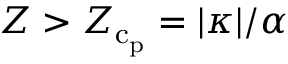
Z > Z _ { \mathrm { c } _ { \mathrm { p } } } = | \kappa | / \alpha